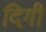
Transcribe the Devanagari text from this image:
दिगी